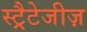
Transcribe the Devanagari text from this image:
स्ट्रैटेजीज़